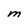
Character: M